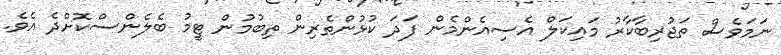
ނަމަވެސް ތަޖުރިބާކާރު މައިކަލް އެސިއެންމެން ފަދަ ކުޅުންތެރިން ތިބުމުން ޓީމު ބެލެންސްކޮށްދެ އެވެ.